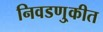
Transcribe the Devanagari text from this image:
निवडणु्कीत